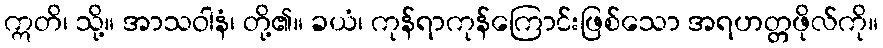
ဣတိ၊ သို့။ အာသဝါနံ၊ တို့၏။ ခယံ၊ ကုန်ရာကုန်ကြောင်းဖြစ်သော အရဟတ္တဖိုလ်ကို။